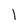
Character: l